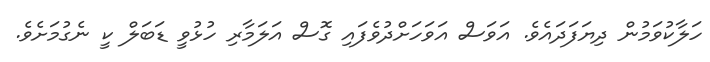
ހަލާކުވަމުން ދިޔަފަދައެވެ. އަވަސް އަވަހަށްދުވެފައި ގޮސް އަލަމާރި ހުޅުވީ ޑަބަލް ކީ ނެގުމަށެވެ.